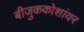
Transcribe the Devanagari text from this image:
बीजुककोशांवर